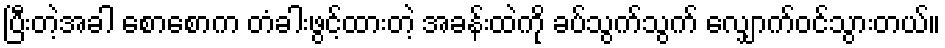
ပြီးတဲ့အခါ စောစောက တံခါးဖွင့်ထားတဲ့ အခန်းထဲကို ခပ်သွက်သွက် လျှောက်ဝင်သွားတယ်။